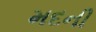
મદની